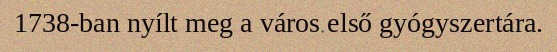
1738-ban nyílt meg a város első gyógyszertára.